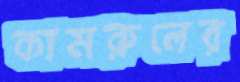
কামরুলের